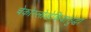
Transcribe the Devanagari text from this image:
चेकोस्लोव्हेकियासुद्धा